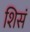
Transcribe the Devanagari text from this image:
शिसं